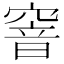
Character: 窨